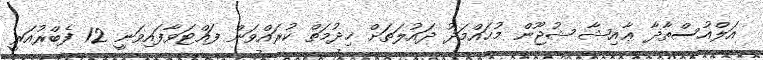
އަލްއުސްތާޛާ ޢާއިޝާ ޝުޖޫން މުޙައްމަދު ދައުލަތަށް ޚިދުމަތް ކުރައްވަން ފައްޓަވާފައިވަނީ 12 ފެބްރުއަރީ